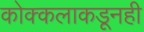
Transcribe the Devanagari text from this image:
कोक्कलाकडूनही